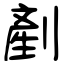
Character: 剷